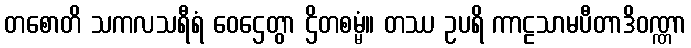
တစောတိ သကလသရီရံ ဝေဌေတွာ ဌိတစမ္မံ။ တဿ ဥပရိ ကာဠသာမပီတာဒိဝဏ္ဏာ